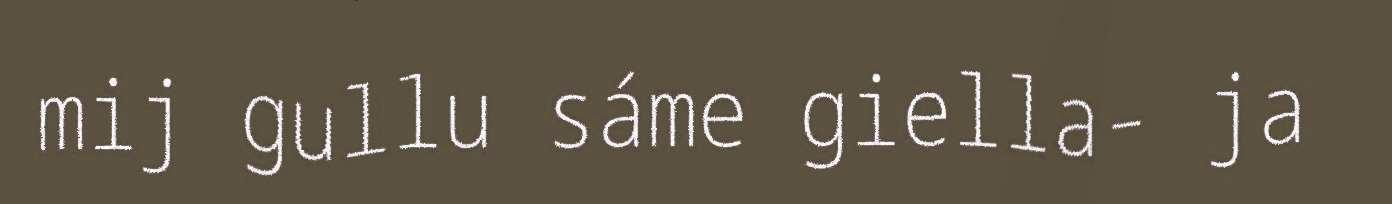
mij gullu sáme giella- ja